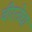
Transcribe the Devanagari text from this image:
वीरतेचा